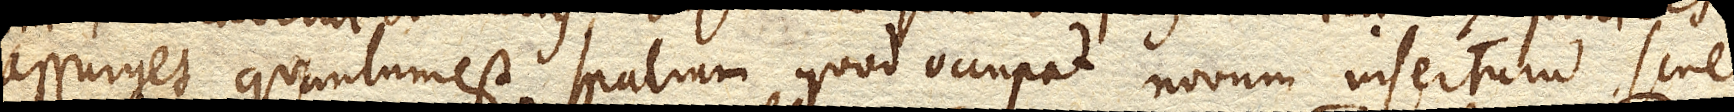
assurget quantum est spatium quod occupat novum insertum sine